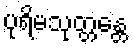
ပုရိမသုတ္တန္တေ